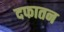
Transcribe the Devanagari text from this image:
दफातन